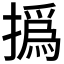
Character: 撝